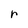
Character: r